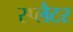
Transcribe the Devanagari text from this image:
स्प्लैटर